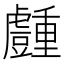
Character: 𧰜